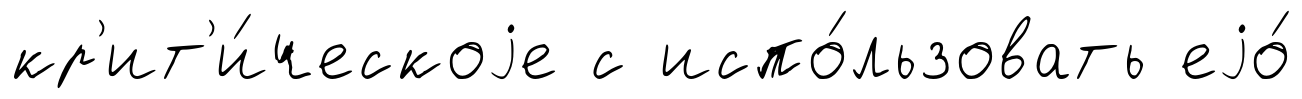
кр'ит'и́ческоjе с испо́льзовать еjо́